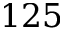
1 2 5